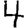
Digit: 4